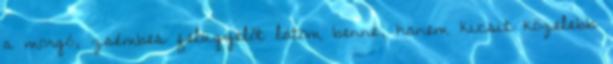
a morgó, zsémbes felügyelőt látom benne, hanem kicsit közelebb